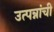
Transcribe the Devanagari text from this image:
उत्पन्नांची